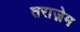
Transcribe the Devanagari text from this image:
तराज़ेम